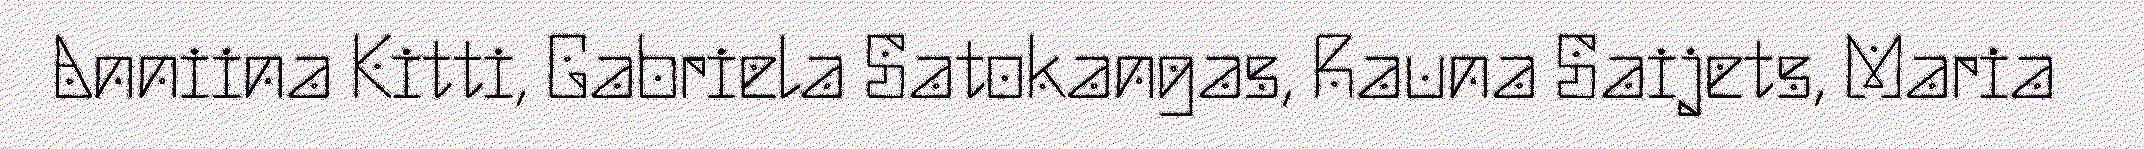
Anniina Kitti, Gabriela Satokangas, Rauna Saijets, Maria